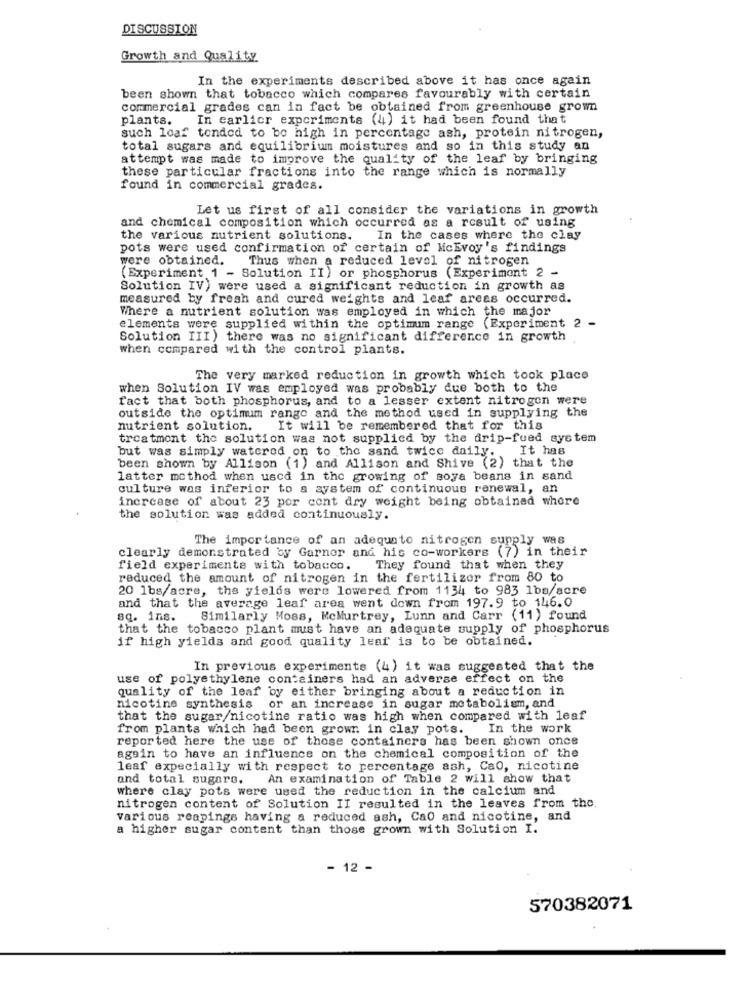
DISCUSSION
Growth and Quality
In the experiments described above it has once again
been shown that tobacco which compares favourably with certain
commercial grades can in fact be obtained from greenhouse grown
plants.
In earlier experiments (4) it had been found that
such loaf tended to be high in percentage ash, protein nitrogen,
total sugars and equilibrium moistures and so in this study an
attempt was made to improve the quality of the leaf by bringing
these particular fractions into the range which is normally
found in commercial grades.
Let us first of all consider the variations in growth
and chemical composition which occurred as a result of using
the various nutrient solutions. In the cases where the clay
pots were used confirmation of certain of McEvoy's findings
were obtained. Thus when a reduced level of nitrogen
(Experiment 1 - Solution II) or phosphorus (Experiment 2 -
Solution IV) were used a significant reduction in growth as
measured by fresh and cured weights and leaf areas occurred.
Where a nutrient solution was employed in which the major
elements were supplied within the optimum range (Experiment 2
Solution III) there was no significant difference in growth
when compared with the control plants.
The very marked reduction in growth which took place
when Solution IV was employed was probably due both to the
fact that both phosphorus, and to a lesser extent nitrogen were
outside the optimum range and the method used in supplying the
nutrient solution.
It will be remembered that for this
treatment the solution was not supplied by the drip-fued system
but was simply watered on to the sand twice daily. It has
been shown by Allison (1) and Allison and Shive (2) that the
latter method when used in the growing of soya beans in sand
culture was inferior to a system of continuous renewal, an
increase of about 23 por cont dry weight being obtained where
the solution was added continuously.
The importance of an adequate nitrogen supply was
clearly demonstrated by Garner and his co-workers (7) in their
field experiments with tobacco.
They found that when they
reduced the amount of nitrogen in the fertilizer from 80 to
20 lbs/acre, the yields were lowered from 1134 to 983 1bs/acre
and that the average leaf area went down from 197.9 to 146.0
sq. ins.
Similarly Moss, McMurtrey, Lunn and Carr (11) found
that the tobacco plant must have an adequate supply of phosphorus
if high yields and good quality leaf is to be obtained.
In previous experiments (4) it was suggested that the
use of polyethylene containers had an adverse effect on the
quality of the leaf by either bringing about a reduction in
nicotine synthesis or an increase in sugar metabolism, and
that the sugar/nicotine ratio was high when compared with leaf
from plants which had been growr. in clay pots.
In the work
reported here the use of those containers has been shown once
again to have an influence on the chemical composition of the
leaf expecially with respect to percentage ash, Cao, nicotine
and total sugars. An examination of Table 2 will show that
where clay pots were used the reduction in the calcium and
nitrogen content of Solution II resulted in the leaves from the
various reapings having a reduced ash, Cao and nicotine, and
a higher sugar content than those grown with Solution I.
- 12 -
570382071